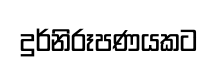
දුර්නිරූපණයකට